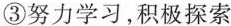
③努力学习，积极探索